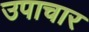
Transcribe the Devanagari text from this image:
उपाचार